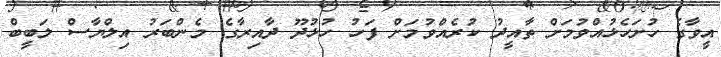
އީވާގެ ހުށަހެޅުއްވުމަށް ތާއީދު ކުރެއްވުމަށް ފަހު ހުޅުދޫ ދާއިރާގެ މެންބަރު އިލްޔާސް ލަބީބް